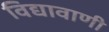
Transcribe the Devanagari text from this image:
विद्यावाणी